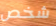
شخص